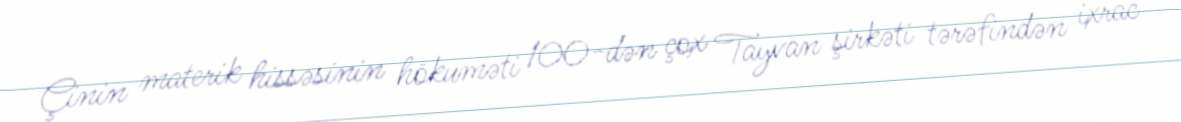
Çinin materik hissəsinin hökuməti 100-dən çox Tayvan şirkəti tərəfindən ixrac